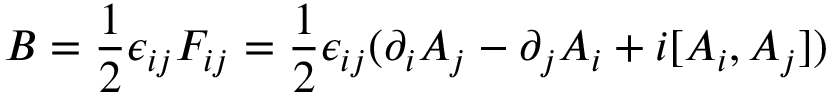
B = { \frac { 1 } { 2 } } \epsilon _ { i j } F _ { i j } = { \frac { 1 } { 2 } } \epsilon _ { i j } ( \partial _ { i } A _ { j } - \partial _ { j } A _ { i } + i [ A _ { i } , A _ { j } ] )